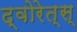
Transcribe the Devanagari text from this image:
द्वोरेत्स्